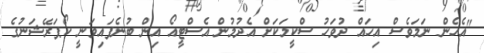
"އެހެން ނަމަވެސް އިހައް ދުވަހު ސްކީމަކަށް އެދުމުން އެސްޓީއޯ އިން ބުނެފައިވަނީ ކޯޕަރޭޝަނުގެ